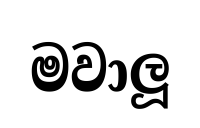
මවාලූ